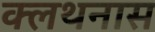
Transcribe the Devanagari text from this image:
क्लथनास